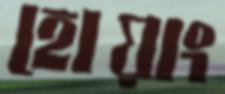
হোয়াং